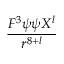
\frac { F ^ { 3 } \psi \psi X ^ { l } } { r ^ { 8 + l } }